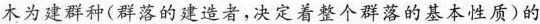
木为建群种(群落的建造者，决定着整个群落的基本性质)的